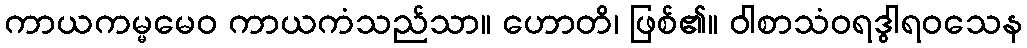
ကာယကမ္မမေဝ ကာယကံသည်သာ။ ဟောတိ၊ ဖြစ်၏။ ဝါစာသံဝရဒွါရဝသေန